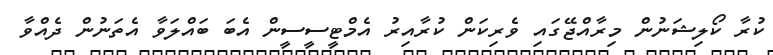
ކުރާ ކޯލިޝަނުން މިރާއްޖޭގައި ވެރިކަން ކުރާއިރު އެމްޓީސީސީން އެބަ ބައްލަވާ އެތަނުން ދެއްވާ